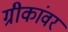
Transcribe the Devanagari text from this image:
ग्रीकांवर